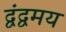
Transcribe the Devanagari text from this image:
द्वंद्वमय